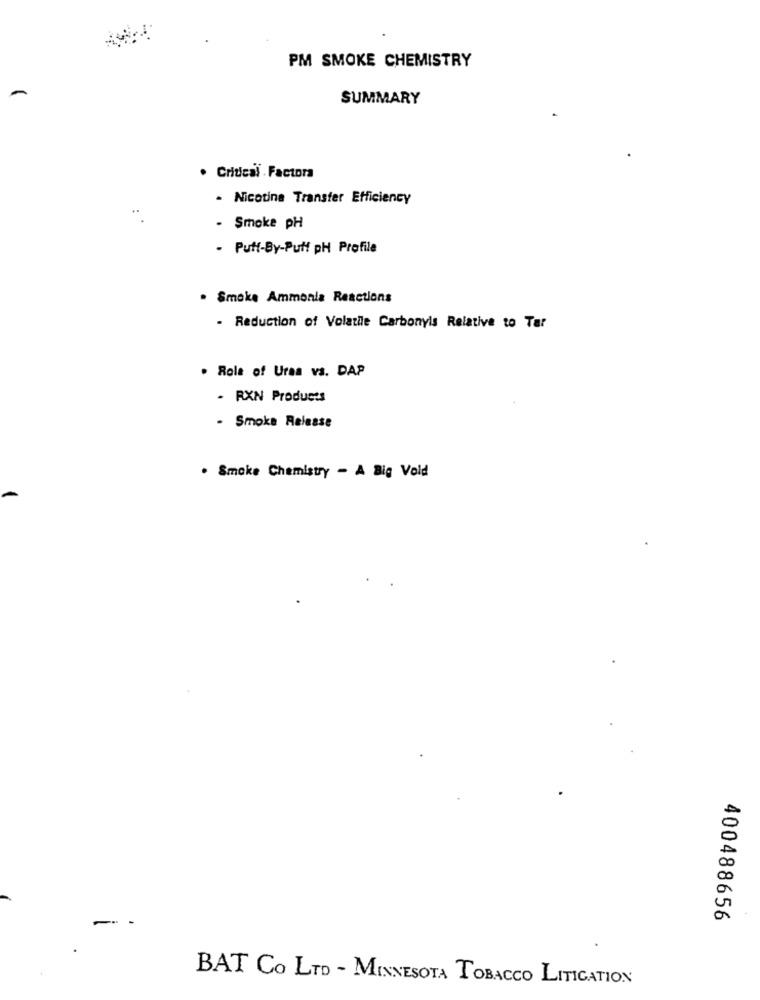
PM SMOKE CHEMISTRY
SUMMARY
. Critical . Factora
- Nicotina Transfer Efficiency
- Smoke pH
- Putt-By-Puff pH Profile
. Smoke Ammonia Reactions
- Reduction of Volatile Carbonyls Relative to Tar
. Role of Uraa vs. DAP
- RXN Products
- Smoke Release
. Smoke Chemistry - A Big Vold
400488656
BAT Co LTD - MINNESOTA TOBACCO LITIGATION